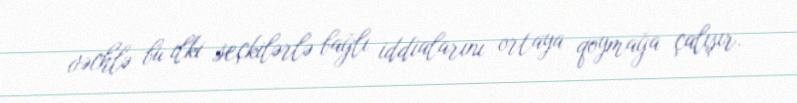
vəchlə bu ilki seçkilərlə bağlı iddialarını ortaya qoymağa çalışır.